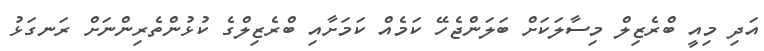
އަދި މިއީ ބްރެޒިލް މިސާލަކަށް ބަލަންޖެހޭ ކަމެއް ކަމަށާއި ބްރެޒިލްގެ ކުޅުންތެރިންނަށް ރަނގަޅު